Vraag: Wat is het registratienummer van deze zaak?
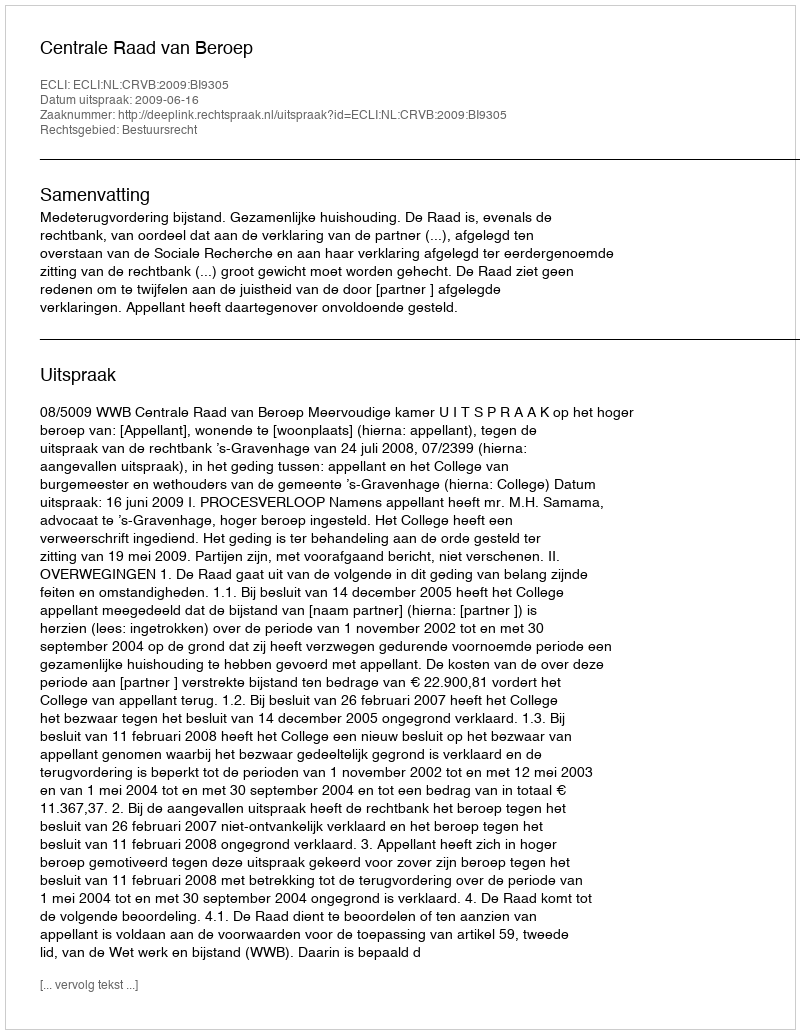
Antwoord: http://deeplink.rechtspraak.nl/uitspraak?id=ECLI:NL:CRVB:2009:BI9305